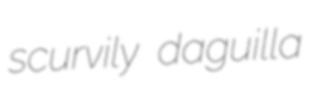
scurvily daguilla